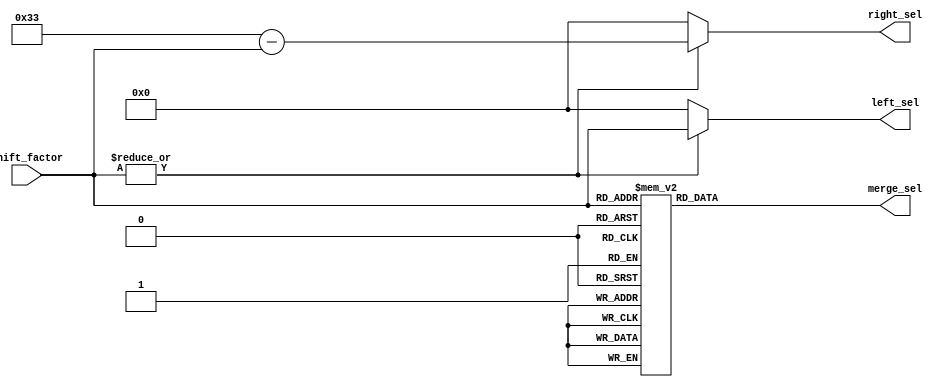
module qsn_controller_len51 #(
	parameter [$clog2(51)-1:0] PERMUTATION_LENGTH = 51
) (
	output wire [5:0] left_sel,
	output wire [5:0] right_sel,
	output wire [49:0] merge_sel,
	input wire [5:0] shift_factor
//,	input wire rstn,
//	input wire sys_clk
);

	wire shifter_nonzero;
	assign shifter_nonzero = (|shift_factor[5:0]);

	assign left_sel[5:0] = (shifter_nonzero == 1'b1) ? shift_factor[5:0] : 0;
	assign right_sel[5:0] = (shifter_nonzero == 1'b1) ? 51-shift_factor[5:0] : 0;
	assign merge_sel[49:0] = f(shift_factor[5:0]);
	function [49:0] f(input [5:0] shift_in);
		case(shift_in[5:0])
			1	:	 f[49:0] = 50'b11111111111111111111111111111111111111111111111111;
			2	:	 f[49:0] = 50'b01111111111111111111111111111111111111111111111111;
			3	:	 f[49:0] = 50'b00111111111111111111111111111111111111111111111111;
			4	:	 f[49:0] = 50'b00011111111111111111111111111111111111111111111111;
			5	:	 f[49:0] = 50'b00001111111111111111111111111111111111111111111111;
			6	:	 f[49:0] = 50'b00000111111111111111111111111111111111111111111111;
			7	:	 f[49:0] = 50'b00000011111111111111111111111111111111111111111111;
			8	:	 f[49:0] = 50'b00000001111111111111111111111111111111111111111111;
			9	:	 f[49:0] = 50'b00000000111111111111111111111111111111111111111111;
			10	:	 f[49:0] = 50'b00000000011111111111111111111111111111111111111111;
			11	:	 f[49:0] = 50'b00000000001111111111111111111111111111111111111111;
			12	:	 f[49:0] = 50'b00000000000111111111111111111111111111111111111111;
			13	:	 f[49:0] = 50'b00000000000011111111111111111111111111111111111111;
			14	:	 f[49:0] = 50'b00000000000001111111111111111111111111111111111111;
			15	:	 f[49:0] = 50'b00000000000000111111111111111111111111111111111111;
			16	:	 f[49:0] = 50'b00000000000000011111111111111111111111111111111111;
			17	:	 f[49:0] = 50'b00000000000000001111111111111111111111111111111111;
			18	:	 f[49:0] = 50'b00000000000000000111111111111111111111111111111111;
			19	:	 f[49:0] = 50'b00000000000000000011111111111111111111111111111111;
			20	:	 f[49:0] = 50'b00000000000000000001111111111111111111111111111111;
			21	:	 f[49:0] = 50'b00000000000000000000111111111111111111111111111111;
			22	:	 f[49:0] = 50'b00000000000000000000011111111111111111111111111111;
			23	:	 f[49:0] = 50'b00000000000000000000001111111111111111111111111111;
			24	:	 f[49:0] = 50'b00000000000000000000000111111111111111111111111111;
			25	:	 f[49:0] = 50'b00000000000000000000000011111111111111111111111111;
			26	:	 f[49:0] = 50'b00000000000000000000000001111111111111111111111111;
			27	:	 f[49:0] = 50'b00000000000000000000000000111111111111111111111111;
			28	:	 f[49:0] = 50'b00000000000000000000000000011111111111111111111111;
			29	:	 f[49:0] = 50'b00000000000000000000000000001111111111111111111111;
			30	:	 f[49:0] = 50'b00000000000000000000000000000111111111111111111111;
			31	:	 f[49:0] = 50'b00000000000000000000000000000011111111111111111111;
			32	:	 f[49:0] = 50'b00000000000000000000000000000001111111111111111111;
			33	:	 f[49:0] = 50'b00000000000000000000000000000000111111111111111111;
			34	:	 f[49:0] = 50'b00000000000000000000000000000000011111111111111111;
			35	:	 f[49:0] = 50'b00000000000000000000000000000000001111111111111111;
			36	:	 f[49:0] = 50'b00000000000000000000000000000000000111111111111111;
			37	:	 f[49:0] = 50'b00000000000000000000000000000000000011111111111111;
			38	:	 f[49:0] = 50'b00000000000000000000000000000000000001111111111111;
			39	:	 f[49:0] = 50'b00000000000000000000000000000000000000111111111111;
			40	:	 f[49:0] = 50'b00000000000000000000000000000000000000011111111111;
			41	:	 f[49:0] = 50'b00000000000000000000000000000000000000001111111111;
			42	:	 f[49:0] = 50'b00000000000000000000000000000000000000000111111111;
			43	:	 f[49:0] = 50'b00000000000000000000000000000000000000000011111111;
			44	:	 f[49:0] = 50'b00000000000000000000000000000000000000000001111111;
			45	:	 f[49:0] = 50'b00000000000000000000000000000000000000000000111111;
			46	:	 f[49:0] = 50'b00000000000000000000000000000000000000000000011111;
			47	:	 f[49:0] = 50'b00000000000000000000000000000000000000000000001111;
			48	:	 f[49:0] = 50'b00000000000000000000000000000000000000000000000111;
			49	:	 f[49:0] = 50'b00000000000000000000000000000000000000000000000011;
			50	:	 f[49:0] = 50'b00000000000000000000000000000000000000000000000001;
			default	:	f[49:0] = 0;
		endcase // shift_factor
	endfunction
endmodule